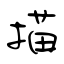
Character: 描